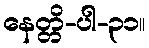
နေတ္တိ-ပါ-၃၁။